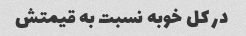
در کل خوبه نسبت به قیمتش